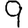
Digit: 9